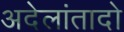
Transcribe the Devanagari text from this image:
अदेलांतादो